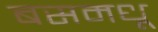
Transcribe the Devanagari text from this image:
बसमधू